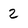
Character: 2